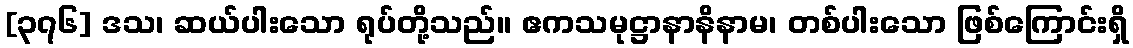
[၃၇၆] ဒသ၊ ဆယ်ပါးသော ရုပ်တို့သည်။ ဧကသမုဋ္ဌာနာနိနာမ၊ တစ်ပါးသော ဖြစ်ကြောင်းရှိ